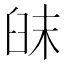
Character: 𦥦